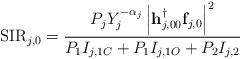
LaTeX: \begin{align*}{\rm SIR}_{j,0}&=\frac{P_{j}Y_{j}^{-\alpha_{j}}\left|\mathbf{h}_{j,00}^{\dagger}\mathbf{f}_{j,0}\right|^{2}}{P_{1}I_{j,1C}+P_{1}I_{j,1O}+P_{2}I_{j,2}}\end{align*}